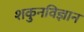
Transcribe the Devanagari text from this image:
शकुनविज्ञान